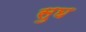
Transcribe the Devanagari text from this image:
सुघ